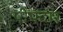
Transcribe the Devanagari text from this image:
पीपदार